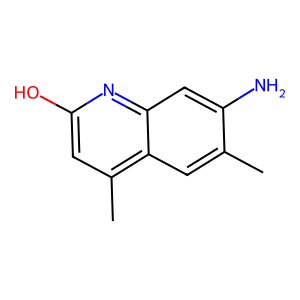
SMILES: Cc1cc2c(C)cc(O)nc2cc1N
Inhibits HIV replication: No